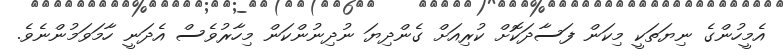
އެމީހުންގެ ނިޔަތަކީ މިކަން ފަސާދަކޮށް ކުރިއަށް ގެންދިޔަ ނުދިނުންކަން މިހާރުވެސް އެދަނީ ހާމަވަމުންނެވެ.